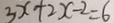
3 x + 2 x - 2 = 6